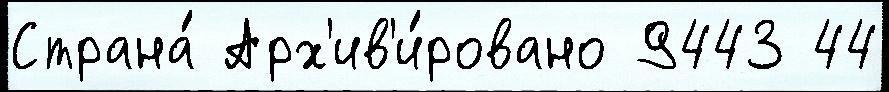
Страна́ Арх'ив'и́ровано 9443 44